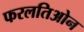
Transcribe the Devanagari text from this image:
फरलतिओन